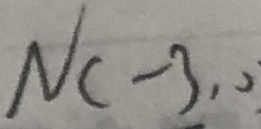
N ( - 3 , 0